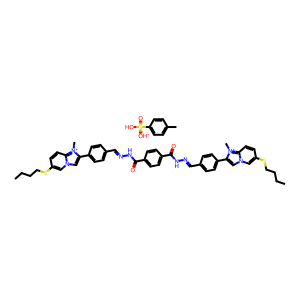
SMILES: CCCCSc1ccc2n(c1)cc(-c1ccc(C=NNC(=O)c3ccc(C(=O)NN=Cc4ccc(-c5cn6cc(SCCCC)ccc6[n+]5C)cc4)cc3)cc1)[n+]2C.Cc1ccc(S(=O)(O)=[OH+])cc1
Inhibits HIV replication: No